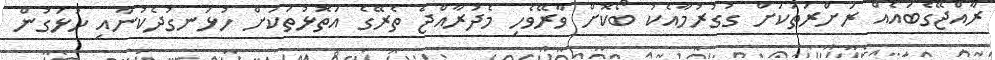
ރާއްޖޭގެބައެއް ރަށްރަތަކަށް ގުގުރުމާއެކު ބޯކޮށް ވާރޭވެހި މެދުރާއްޖެ ތެރޭގެ އަތޮޅުތަކަށް ހުޅަނގުދެކުނާއި ހުޅަގުން